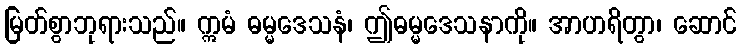
မြတ်စွာဘုရားသည်။ ဣမံ ဓမ္မဒေသနံ၊ ဤဓမ္မဒေသနာကို။ အာဟရိတွာ၊ ဆောင်